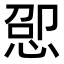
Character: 𫺕